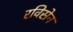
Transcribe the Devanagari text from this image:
रविसेन